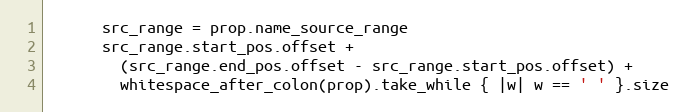
Language: Ruby
      src_range = prop.name_source_range
      src_range.start_pos.offset +
        (src_range.end_pos.offset - src_range.start_pos.offset) +
        whitespace_after_colon(prop).take_while { |w| w == ' ' }.size